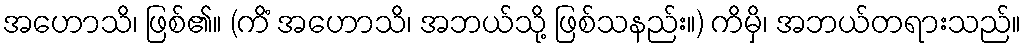
အဟောသိ၊ ဖြစ်၏။ (ကိံ အဟောသိ၊ အဘယ်သို့ ဖြစ်သနည်း။) ကိမှိ၊ အဘယ်တရားသည်။